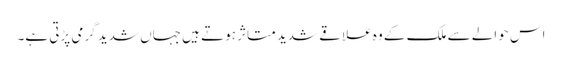
اس حوالے سے ملک کے وہ علاقے شدید متاثر ہوتے ہیں جہاں شدید گرمی پڑتی ہے۔